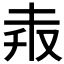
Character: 𠬼